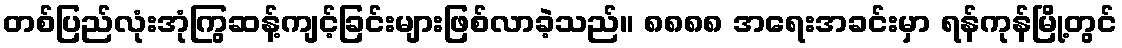
တစ်ပြည်လုံးအုံကြွဆန့်ကျင့်ခြင်းများဖြစ်လာခဲ့သည်။ ၈၈၈၈ အရေးအခင်းမှာ ရန်ကုန်မြို့တွင်